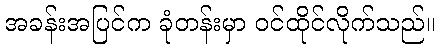
အခန်းအပြင်က ခုံတန်းမှာ ဝင်ထိုင်လိုက်သည်။